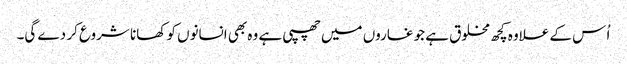
اُ س کے علاوہ کچھ مخلوق ہے جو غاروں میں چھپی ہے وہ بھی انسانوں کو کھانا شروع کر دے گی۔